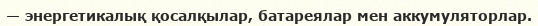
— энергетикалық қосалқылар, батареялар мен аккумуляторлар.